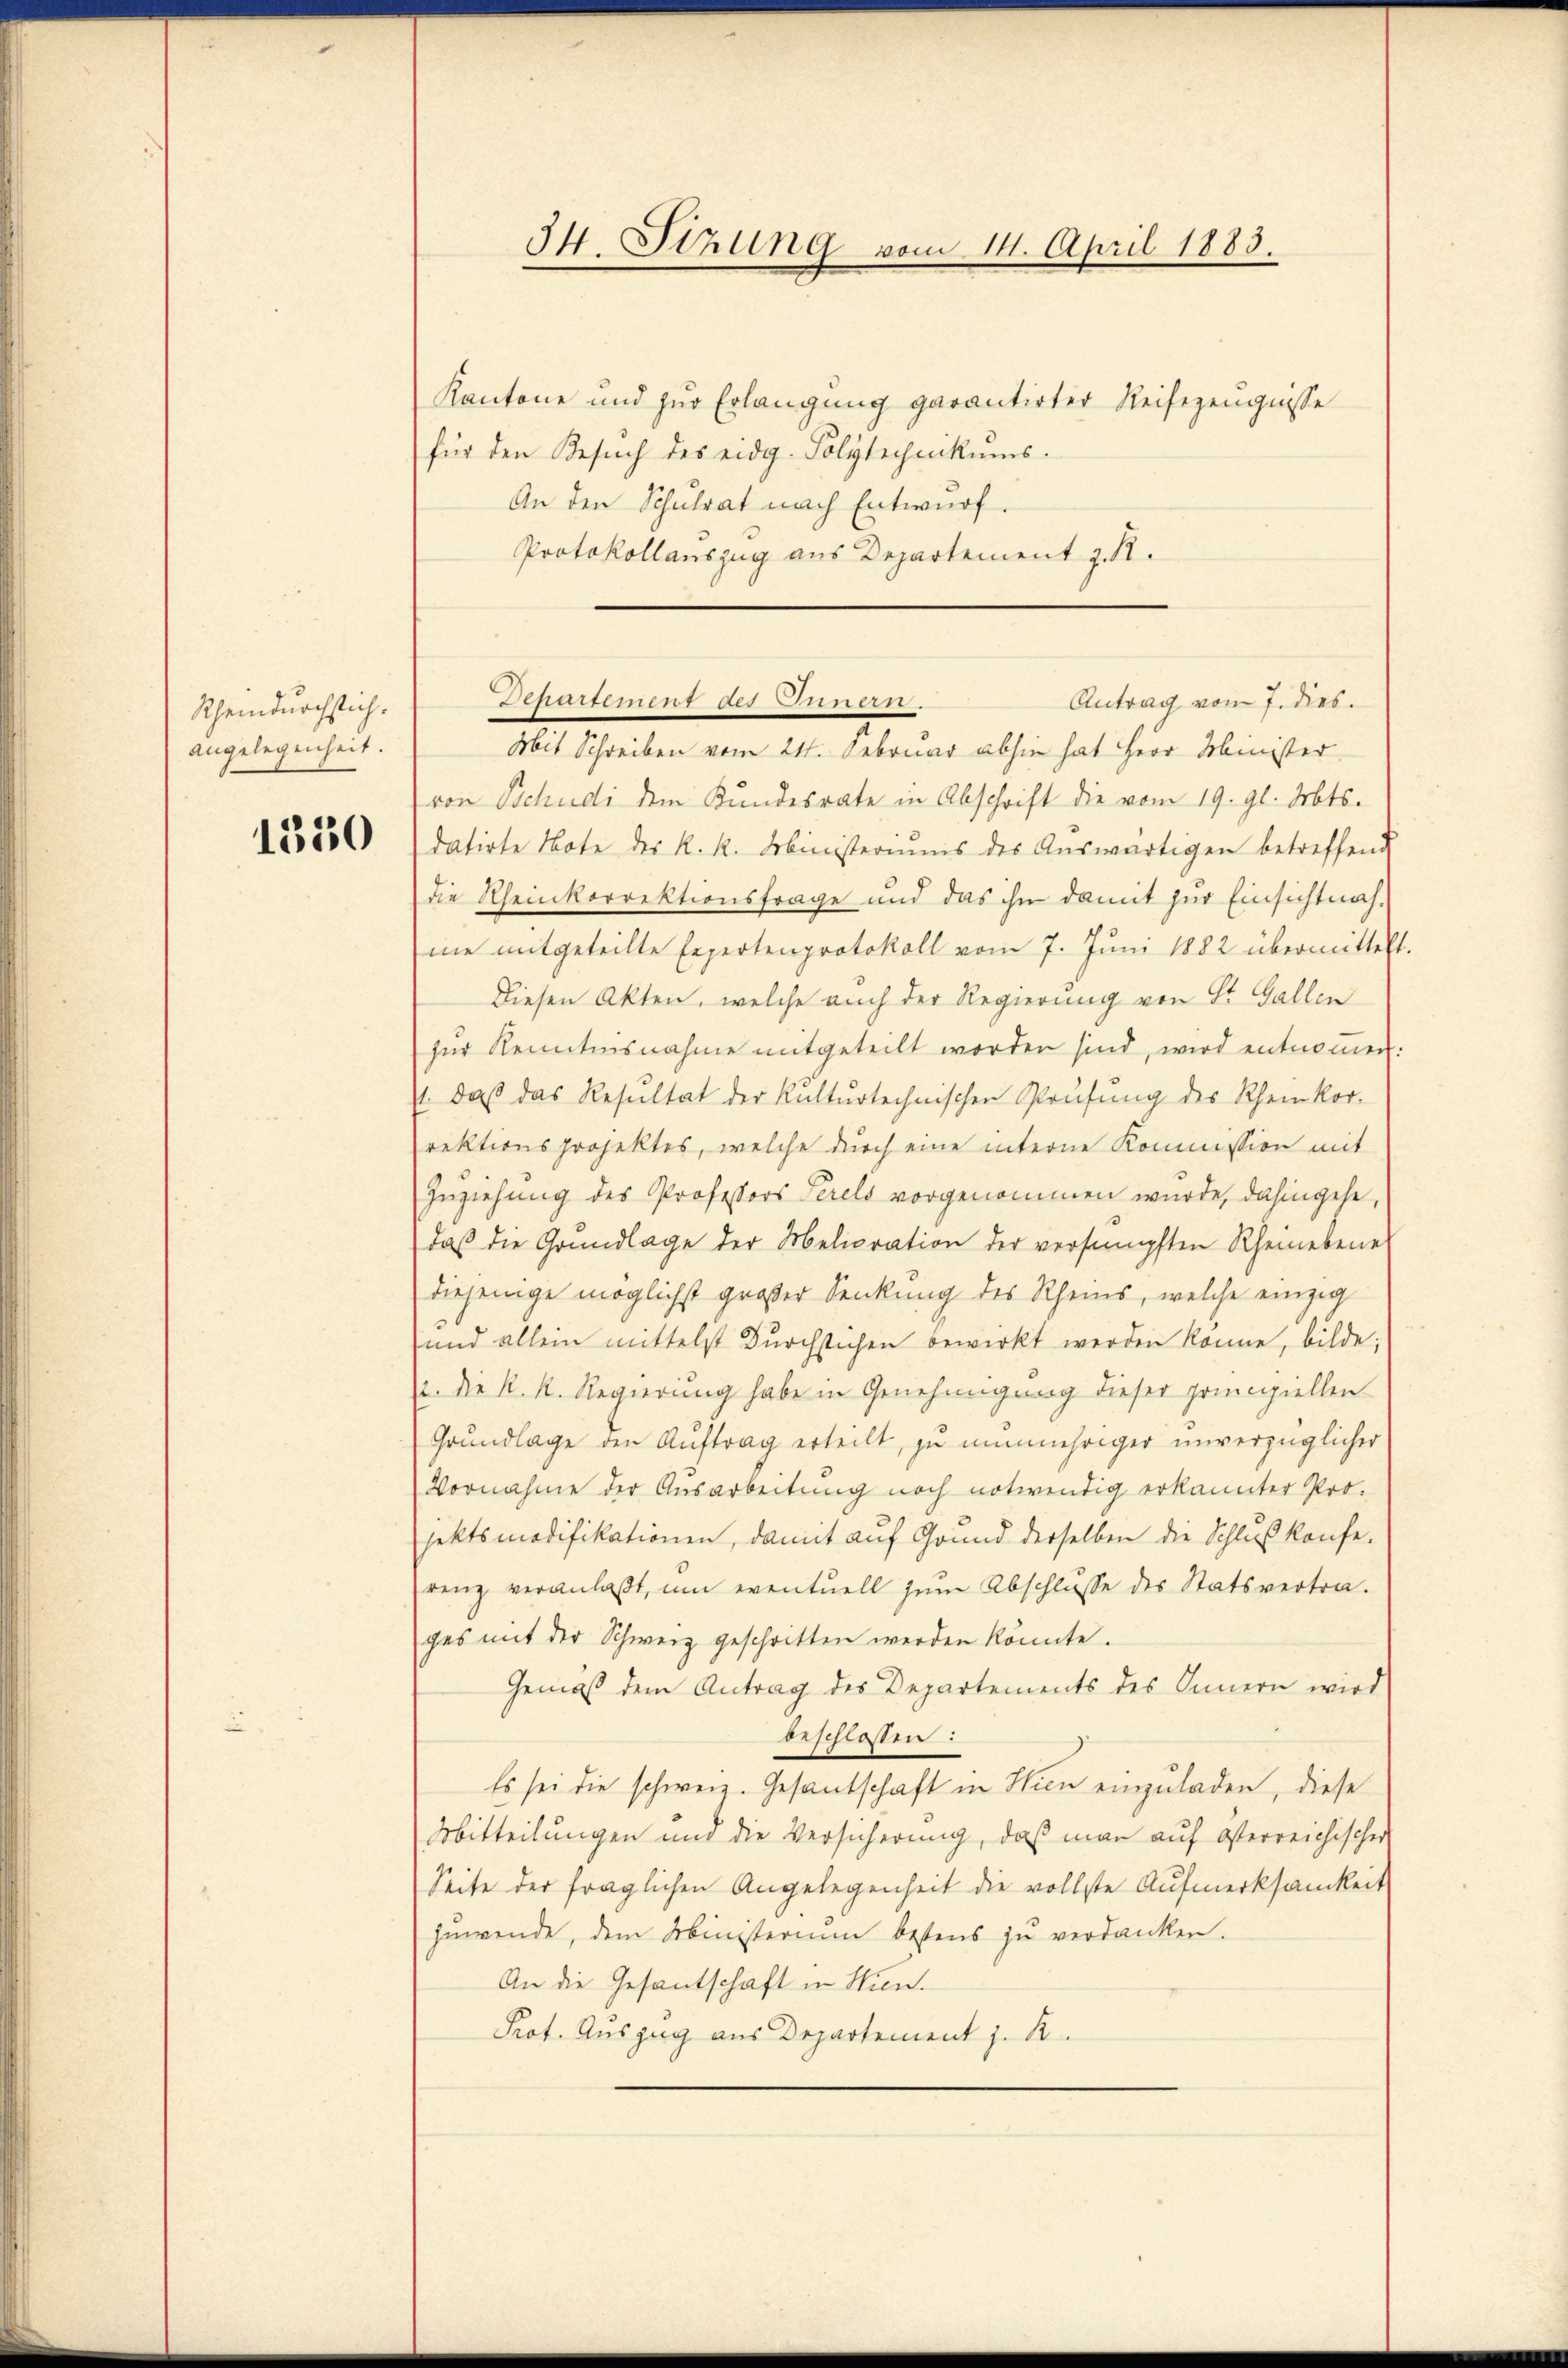
Rheindurchstich.
angelegenheit.

1330

34 Stzung vom 14. April 1883.

Kantone und zur Erlangung garantirter Reisezeugnisse
für den Besŭch des eidg. Polytechenkums.
An den Schulrat nach Entwŭrf.
Protokollanszug aus Departement z. R.

Departement des Bunden
Antrag vom 7. dies
Mit Schreiben vom 24. Februar abhin hat Herr Minister

von Tschudi dem Kundesrate in Abschrift die vom 19. gl. Mts.
datirte Note des k. k. Ministeriŭms des Aŭswärtigen betreffend
die Rheinkorrektionsfrage und das ihn damit zur Einsichtnahne mitgeteilte Expertenprotokoll vom 7. Juni 1882 übermittelt.
Diesen Akten, welche auch der Regierung von Dr. Gallen
zŭr Kenntnisnahme mitgeteilt worden sind, wird entnommen:
. daβ das Resŭltat der Kulturtechnischen Prüfŭng des Rheinkor-
rektionsprojektes, welche durch eine interne Kommission mit
Zuziehung des Professors Serels vorgenommen wurde, dahingehe,
daß die Grundlage der Melioration der versumpften Rheinebene
diejenige möglichst großer Senkung des Rheins, welche einzig
und allein mittelst Durchstichen bewirkt werden könne, bilde;
2. die k. k. Regierung habe in Genehmigung dieser principiellen
Grundlage den Auftrag erteilt, zu numähriger unverzüglicher
Vornahme der Ausarbeitung noch notwendig erkannter Pro-
jektsmodifikationen, damit auf Grund derselben die Schluß konfe-
renz veranlaβt, ŭm eventuell zŭm Abschlŭsse des Statsvertra-
ges mit der Schweiz geschritten werden könnte.
Gemäß dem Antrag des Departements des Innern wird
beschlossen:
Es sei die schweiz. Gesantschaft in Hien einzuladen, diese
Mitteilungen und die Versicherung, daß man auf Osterreichischer
Seite der fraglichen Angelegenheit die vollste Aufmerksamkeit
zuwende, dem Ministerium bestens zu verdanken.
An die Gesantschaft in Wien.
Prot. Auszug aus Departement z. B.